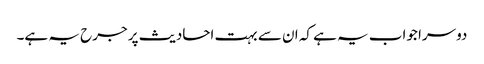
دوسرا جواب یہ ہے کہ ان سے بہت احادیث پر جرح یہ ہے۔